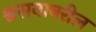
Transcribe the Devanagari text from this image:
श्वसनावरील